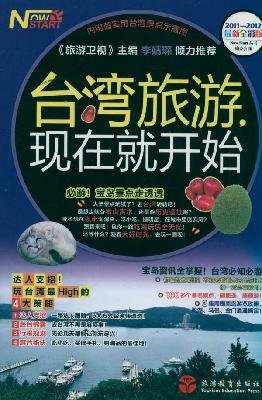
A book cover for Traveling in Taiwan 2011-2012 the Latest Edition in Full Color (Chinese Edition); ben she; Travel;